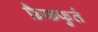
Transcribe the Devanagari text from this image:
फ्रैकफुर्त